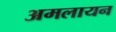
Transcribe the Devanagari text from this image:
अमलायन